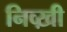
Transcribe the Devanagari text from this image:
निव्ख़ी